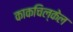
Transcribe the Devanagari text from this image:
काकचिल्केल